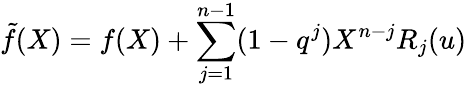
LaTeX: \tilde{f}(X)=f(X)+\sum_{j=1}^{n-1}(1-q^{j})X^{n-j}R_{j}(u)